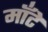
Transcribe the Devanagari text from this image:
मॉँटे